Scottish Certificate of Education, 1963
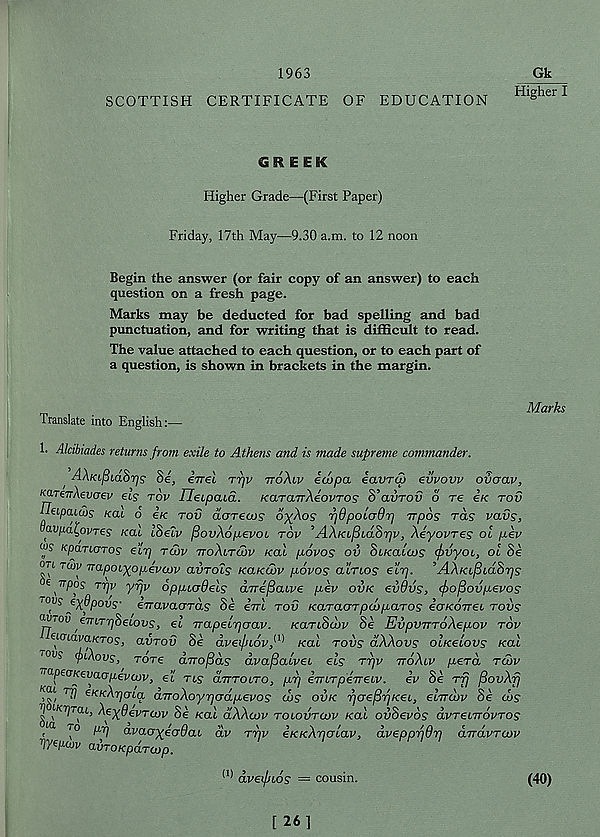
1963
SCOTTISH CERTIFICATE OF EDUCATION
C!i E E S€
Higher Grade—(First Paper)
Friday, 17th May—9.30 a.m. to 12 noon
Begin the answer (or fair copy of an answer) to each
question on a fresh page.
Marks may be deducted for bad spelling and bad
punctuation, and for writing that is difficult to read.
The value attached to each question, or to each part of
a question, is shown in brackets in the margin.
Translate into English:—
1. Alcihades returns from exile to Athens and is made supreme commander.
AXKL^LaSrjs Se, irrel TTjv ttoAlv ecopa iavTtp evvovv ovaav,
KareTrXevaev els tov HeLpaul. KaraTrAeovTOS S’avrov 6 re ire rov
lleipauus kcu o e/c tov dcrTetos o^Ao? fidpoioOr) irpos rds vavs,
vavpa^ovres teal ISelv fiovAopevot tov ’AAKifSia&rjv, AeyovTes ol pev
w? KpaTLOTos eir) tu>v ttoAitlov real povos ov StKaltos (frvyoi, ol Se
on toiv TtapoLyopevajv avTols kclklov povos clltios elrj. ’AAKLpLOiSrjs
e wpos Trjv yfjv oppiorOels dTrefiaive pev ovk evOvs, <f>ofiovpevos
rows eydpovs- ivavaoTas Se Ittl tov KaTauTpwpaTOS euKoveL tovs
a V‘OV ^TriTriSeLovs, el TrapeLrjoav. KaTiStbv Se EvpvTTToAepov tov
uaiavaKTos, avrov Se dveijnov}^ teal tovs dAAovs oIk€lovs real
l0V S (jnAovs, Tore dirofids dvafiaivei els Trjv itoAlv peTa twv
“O-peoKevaopevcov, el tls dVrotro, pr] emTpeveLv. ev 8e ttj fiovAfj
Kai rfj eK/cArjoLq dTroAoyrjodpevos d>? ovk f]ae^rjKei, elrrcvv Se d>s
1 ‘ K? ? T
i
at J AeyOevTtov Se kol dAAcov tolovtcov kcll ovSevos dvTeivovTOS
OiOL JO iir) Aim
■ »'
\
5 \
/
s
' Q
< '
Marks
^ ™
dvaayeodai dv Trjv eKKArjolav, dveppr/Or) aTravTCov
OtVTOKpaTOOp.
(1) dveipios = cousin.
(40)
[ 26]